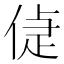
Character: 偼